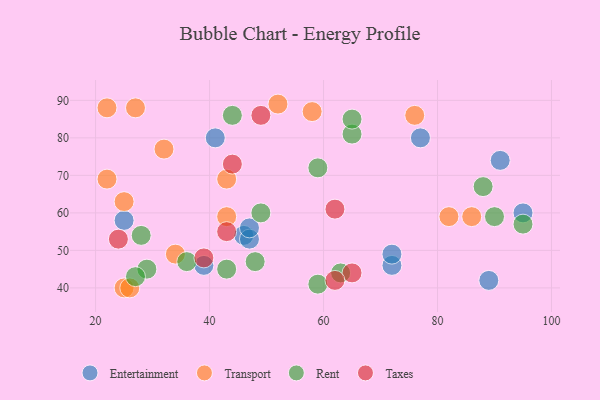
{"axis": {"x": "GDP", "y": "Life Expectancy"}, "legend": ["Entertainment", "Rent", "Taxes", "Transport"], "data": [{"x": "95", "y": 60, "type": "Entertainment"}, {"x": "72", "y": 46, "type": "Entertainment"}, {"x": "46", "y": 54, "type": "Entertainment"}, {"x": "41", "y": 80, "type": "Entertainment"}, {"x": "47", "y": 53, "type": "Entertainment"}, {"x": "72", "y": 49, "type": "Entertainment"}, {"x": "91", "y": 74, "type": "Entertainment"}, {"x": "47", "y": 56, "type": "Entertainment"}, {"x": "39", "y": 46, "type": "Entertainment"}, {"x": "25", "y": 58, "type": "Entertainment"}, {"x": "77", "y": 80, "type": "Entertainment"}, {"x": "89", "y": 42, "type": "Entertainment"}, {"x": "25", "y": 40, "type": "Transport"}, {"x": "82", "y": 59, "type": "Transport"}, {"x": "86", "y": 59, "type": "Transport"}, {"x": "27", "y": 88, "type": "Transport"}, {"x": "76", "y": 86, "type": "Transport"}, {"x": "58", "y": 87, "type": "Transport"}, {"x": "22", "y": 88, "type": "Transport"}, {"x": "43", "y": 69, "type": "Transport"}, {"x": "25", "y": 63, "type": "Transport"}, {"x": "52", "y": 89, "type": "Transport"}, {"x": "22", "y": 69, "type": "Transport"}, {"x": "32", "y": 77, "type": "Transport"}, {"x": "26", "y": 40, "type": "Transport"}, {"x": "34", "y": 49, "type": "Transport"}, {"x": "43", "y": 59, "type": "Transport"}, {"x": "29", "y": 45, "type": "Rent"}, {"x": "27", "y": 43, "type": "Rent"}, {"x": "44", "y": 86, "type": "Rent"}, {"x": "28", "y": 54, "type": "Rent"}, {"x": "43", "y": 45, "type": "Rent"}, {"x": "59", "y": 72, "type": "Rent"}, {"x": "65", "y": 81, "type": "Rent"}, {"x": "48", "y": 47, "type": "Rent"}, {"x": "90", "y": 59, "type": "Rent"}, {"x": "95", "y": 57, "type": "Rent"}, {"x": "36", "y": 47, "type": "Rent"}, {"x": "49", "y": 60, "type": "Rent"}, {"x": "59", "y": 41, "type": "Rent"}, {"x": "63", "y": 44, "type": "Rent"}, {"x": "65", "y": 85, "type": "Rent"}, {"x": "88", "y": 67, "type": "Rent"}, {"x": "65", "y": 44, "type": "Taxes"}, {"x": "43", "y": 55, "type": "Taxes"}, {"x": "62", "y": 42, "type": "Taxes"}, {"x": "44", "y": 73, "type": "Taxes"}, {"x": "49", "y": 86, "type": "Taxes"}, {"x": "39", "y": 48, "type": "Taxes"}, {"x": "24", "y": 53, "type": "Taxes"}, {"x": "62", "y": 61, "type": "Taxes"}]}